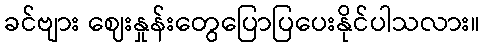
ခင်ဗျား ဈေးနှုန်းတွေပြောပြပေးနိုင်ပါသလား။